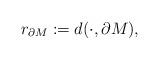
LaTeX: \begin{align*} r_{\partial M}:=d(\cdot,\partial M),\end{align*}